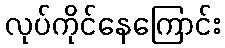
လုပ်ကိုင်နေကြောင်း